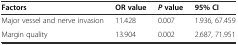
| Factors | OR value | Pvalue | 95% CI |
 | --- | --- | --- | --- |
 | Major vessel and nerve invasion | 11.428 | 0.007 | 1.936, 67.459 |
 | Margin quality | 13.904 | 0.002 | 2.687, 71.951 |